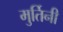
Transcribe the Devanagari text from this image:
मुर्तिनी